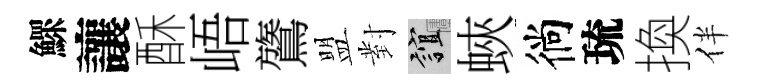
鰥讓酥峿鷟盟對誼蛺徜琉換伴